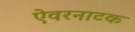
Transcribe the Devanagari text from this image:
ऐवरनाटक